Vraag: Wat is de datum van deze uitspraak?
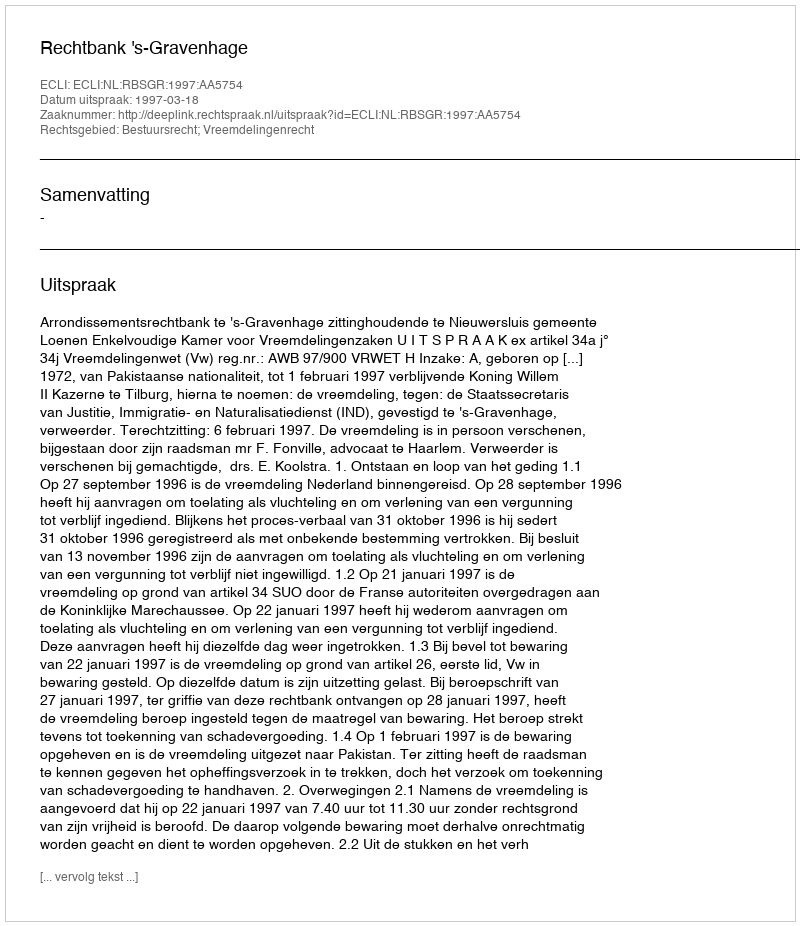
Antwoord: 1997-03-18